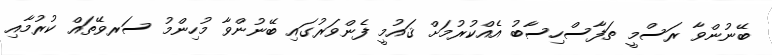
ބޭނުންވާ ރަސްމީ ތަފާސްހިސާބު އެއްކުރުމަށް ޤައުމީ ފެންވަރުގައި ބޭނުންވާ މުހިންމު ސަރވޭތައް ކުރުމާއި